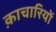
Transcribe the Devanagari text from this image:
क़ाचारियों